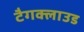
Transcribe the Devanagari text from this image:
टैगक्लाउड